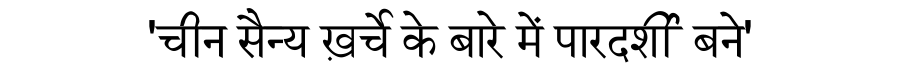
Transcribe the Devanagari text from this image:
'चीन सैन्य ख़र्चे के बारे में पारदर्शी बने'